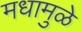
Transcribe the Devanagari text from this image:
मधामुळे